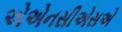
એએનસીએસએ